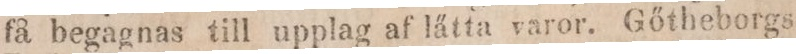
få begagnas till upplag af lätta varor. Gőtheborgs